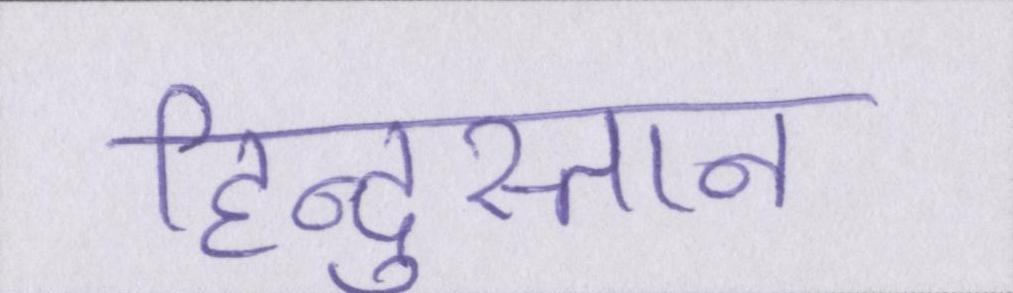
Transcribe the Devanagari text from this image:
हिन्दुस्तान